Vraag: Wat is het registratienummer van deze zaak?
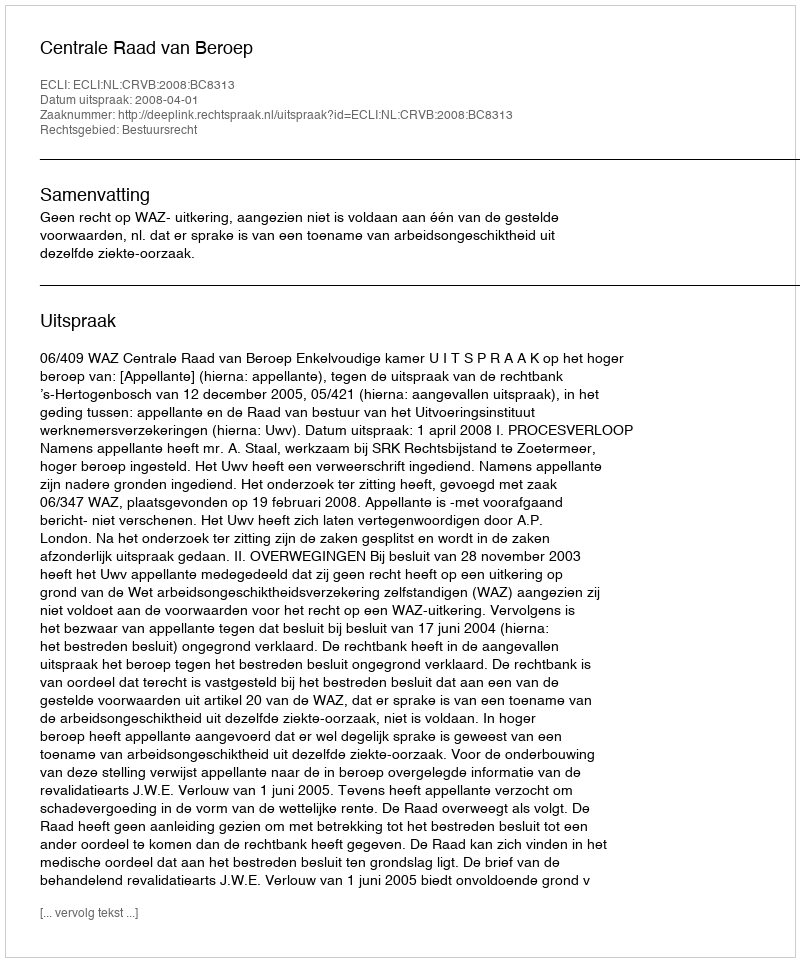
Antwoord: http://deeplink.rechtspraak.nl/uitspraak?id=ECLI:NL:CRVB:2008:BC8313